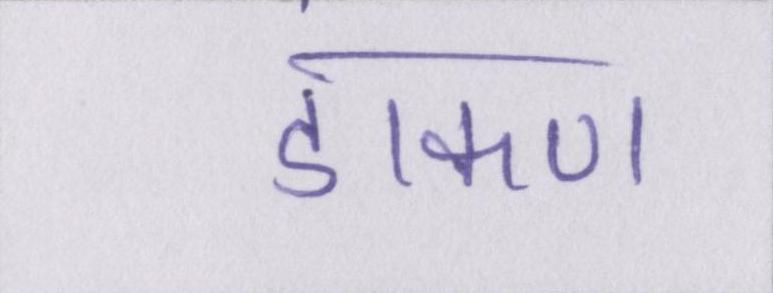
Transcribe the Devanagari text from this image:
डाकण